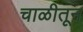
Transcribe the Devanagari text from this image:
चाळीतून